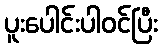
ပူးပေါင်းပါဝင်ပြီး